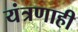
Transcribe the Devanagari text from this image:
यंत्रणाही